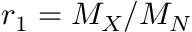
r _ { 1 } = M _ { X } / M _ { N }